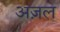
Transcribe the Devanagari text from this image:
अज़ल